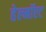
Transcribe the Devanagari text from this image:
हेल्मॉएट